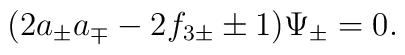
(2a_ \pm a_\mp - 2f_{3\pm} \pm 1 ) \Psi_\pm = 0.